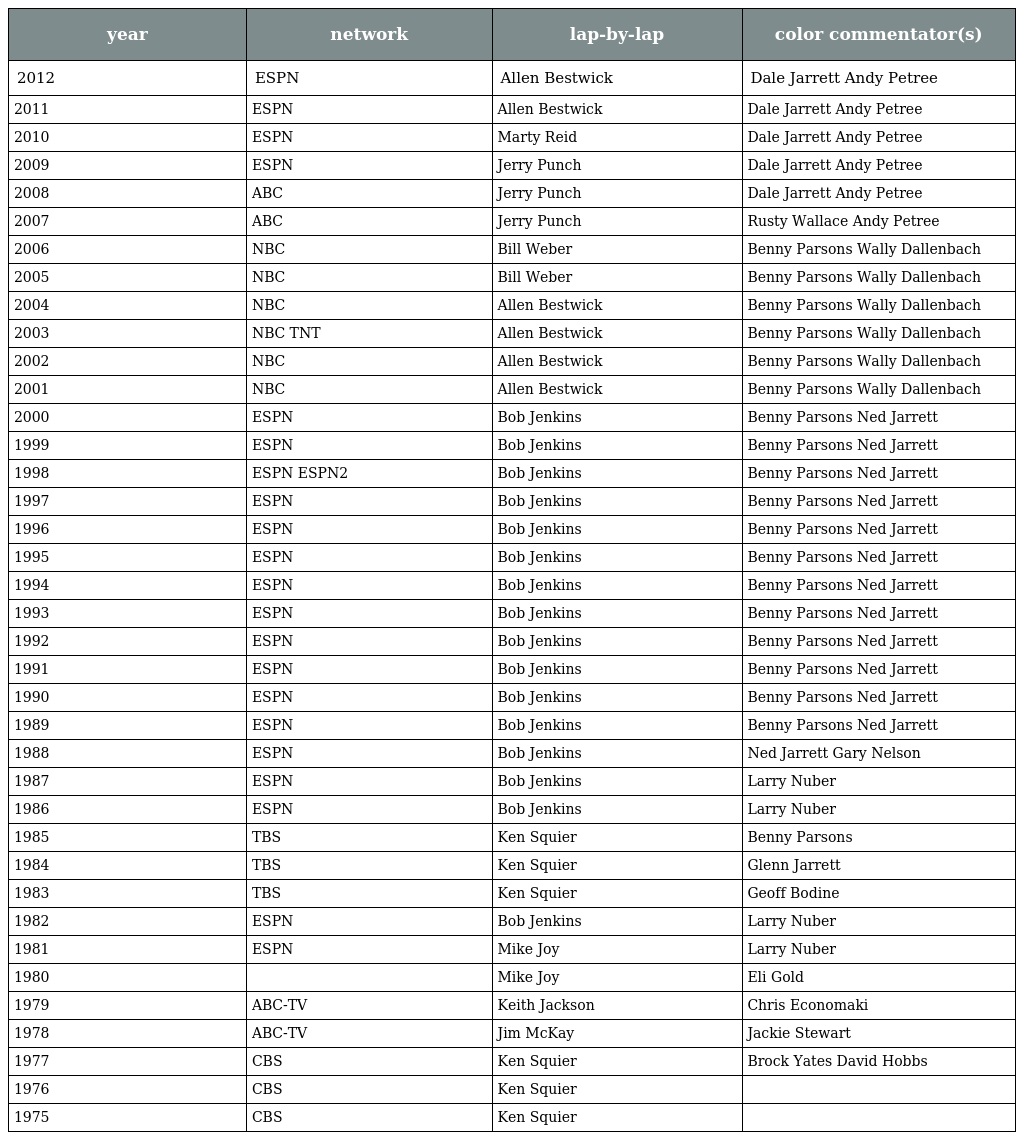
| year | network | lap-by-lap | color commentator(s) |
 | --- | --- | --- | --- |
 | 2012 | ESPN | Allen Bestwick | Dale Jarrett Andy Petree |
 | 2011 | ESPN | Allen Bestwick | Dale Jarrett Andy Petree |
 | 2010 | ESPN | Marty Reid | Dale Jarrett Andy Petree |
 | 2009 | ESPN | Jerry Punch | Dale Jarrett Andy Petree |
 | 2008 | ABC | Jerry Punch | Dale Jarrett Andy Petree |
 | 2007 | ABC | Jerry Punch | Rusty Wallace Andy Petree |
 | 2006 | NBC | Bill Weber | Benny Parsons Wally Dallenbach |
 | 2005 | NBC | Bill Weber | Benny Parsons Wally Dallenbach |
 | 2004 | NBC | Allen Bestwick | Benny Parsons Wally Dallenbach |
 | 2003 | NBC TNT | Allen Bestwick | Benny Parsons Wally Dallenbach |
 | 2002 | NBC | Allen Bestwick | Benny Parsons Wally Dallenbach |
 | 2001 | NBC | Allen Bestwick | Benny Parsons Wally Dallenbach |
 | 2000 | ESPN | Bob Jenkins | Benny Parsons Ned Jarrett |
 | 1999 | ESPN | Bob Jenkins | Benny Parsons Ned Jarrett |
 | 1998 | ESPN ESPN2 | Bob Jenkins | Benny Parsons Ned Jarrett |
 | 1997 | ESPN | Bob Jenkins | Benny Parsons Ned Jarrett |
 | 1996 | ESPN | Bob Jenkins | Benny Parsons Ned Jarrett |
 | 1995 | ESPN | Bob Jenkins | Benny Parsons Ned Jarrett |
 | 1994 | ESPN | Bob Jenkins | Benny Parsons Ned Jarrett |
 | 1993 | ESPN | Bob Jenkins | Benny Parsons Ned Jarrett |
 | 1992 | ESPN | Bob Jenkins | Benny Parsons Ned Jarrett |
 | 1991 | ESPN | Bob Jenkins | Benny Parsons Ned Jarrett |
 | 1990 | ESPN | Bob Jenkins | Benny Parsons Ned Jarrett |
 | 1989 | ESPN | Bob Jenkins | Benny Parsons Ned Jarrett |
 | 1988 | ESPN | Bob Jenkins | Ned Jarrett Gary Nelson |
 | 1987 | ESPN | Bob Jenkins | Larry Nuber |
 | 1986 | ESPN | Bob Jenkins | Larry Nuber |
 | 1985 | TBS | Ken Squier | Benny Parsons |
 | 1984 | TBS | Ken Squier | Glenn Jarrett |
 | 1983 | TBS | Ken Squier | Geoff Bodine |
 | 1982 | ESPN | Bob Jenkins | Larry Nuber |
 | 1981 | ESPN | Mike Joy | Larry Nuber |
 | 1980 |  | Mike Joy | Eli Gold |
 | 1979 | ABC-TV | Keith Jackson | Chris Economaki |
 | 1978 | ABC-TV | Jim McKay | Jackie Stewart |
 | 1977 | CBS | Ken Squier | Brock Yates David Hobbs |
 | 1976 | CBS | Ken Squier |  |
 | 1975 | CBS | Ken Squier |  |